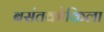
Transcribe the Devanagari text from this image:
बसंतकोकिला